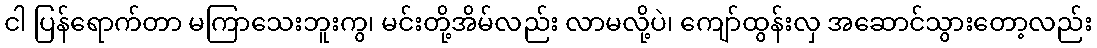
ငါ ပြန်ရောက်တာ မကြာသေးဘူးကွ၊ မင်းတို့အိမ်လည်း လာမလို့ပဲ၊ ကျော်ထွန်းလှ အဆောင်သွားတော့လည်း